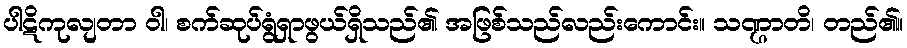
ပါဋိကုလျတာ ဝါ၊ စက်ဆုပ်ရွံရှာဖွယ်ရှိသည်၏ အဖြစ်သည်လည်းကောင်း။ သဏ္ဌာတိ၊ တည်၏။